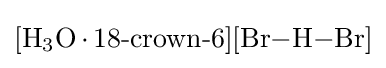
{[\mathrm {H} {\vphantom {A}}_{\smash[{t}]{3}}\mathrm {O} \,{\cdot }\,18{\text{-}}\mathrm {crown} {\text{-}}6][\mathrm {Br} {-}\mathrm {H} {-}\mathrm {Br} ]}